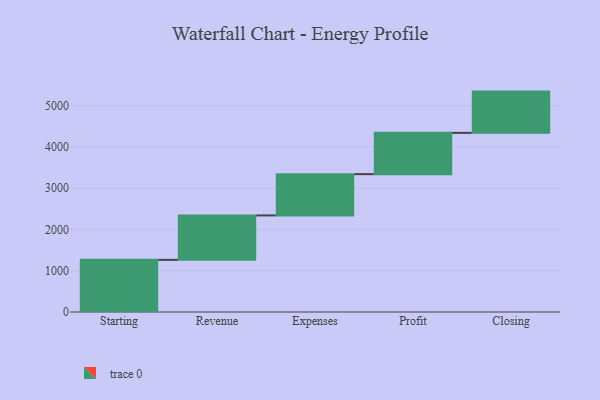
{"axis": {"x": "Step", "y": "Value"}, "legend": [""], "data": [{"x": "Starting", "y": 1263.0, "type": ""}, {"x": "Revenue", "y": 1077.0, "type": ""}, {"x": "Expenses", "y": 1000, "type": ""}, {"x": "Profit", "y": 1000, "type": ""}, {"x": "Closing", "y": 1000, "type": ""}]}